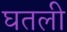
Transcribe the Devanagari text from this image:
घतली